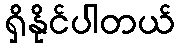
ရှိနိုင်ပါတယ်